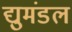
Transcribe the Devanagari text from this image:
द्युमंडल